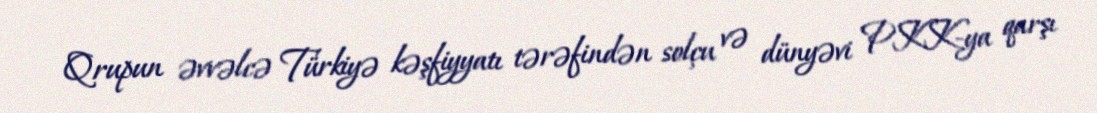
Qrupun əvvəlcə Türkiyə kəşfiyyatı tərəfindən solçu və dünyəvi PKK-ya qarşı